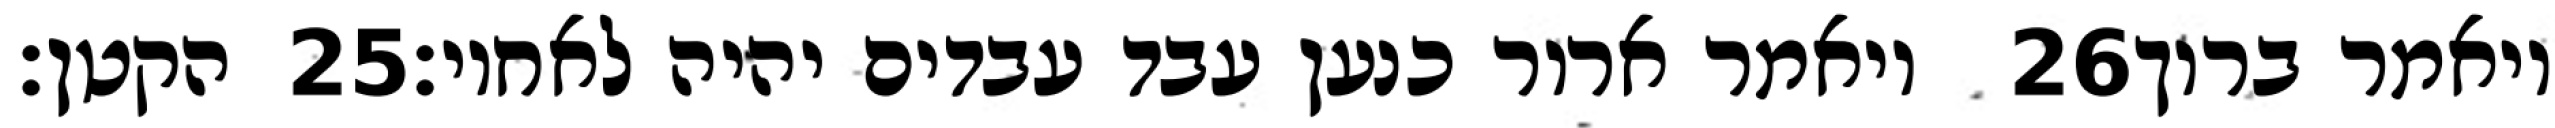
הקטן׃ ‎25‏ ויאמר ארור כנען עבד עבדים יהיה לאחיו׃ ‎26‏ ויאמר ברוך